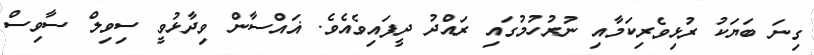
ގިނަ ބަޔަކު ރުޅިވެރިކަމާއި ނުރުހުމުގައި ރައްދު ދީފައިވެއެވެ. ޣައްސާން ވިދާޅުވީ ސިވިލް ސާވިސް